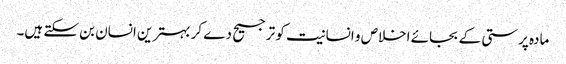
مادہ پرستی کے بجائے اخلاص و انسانیت کو ترجیح دے کر بہترین انسان بن سکتے ہیں۔